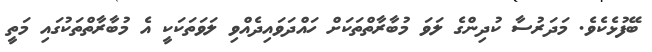
ބޭފުޅެކެވެ. މަދަރުސާ ކުދިންގެ ލަވަ މުބާރާތްތަކަށް ހައްދަވައިދެއްވި ލަވަތަކަކީ އެ މުބާރާތްތަކުގައި މަތީ